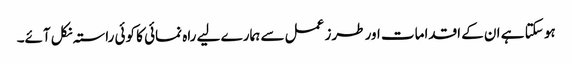
ہو سکتا ہے ان کے اقدامات اور طرز عمل سے ہمارے لیے راہ نمائی کا کوئی راستہ نکل آئے۔